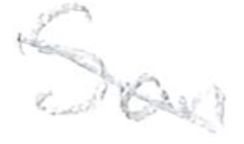
Text: San
Cross-out: diagonal
Writing tool: pencil